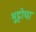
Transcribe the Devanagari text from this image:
भुट्टोचा